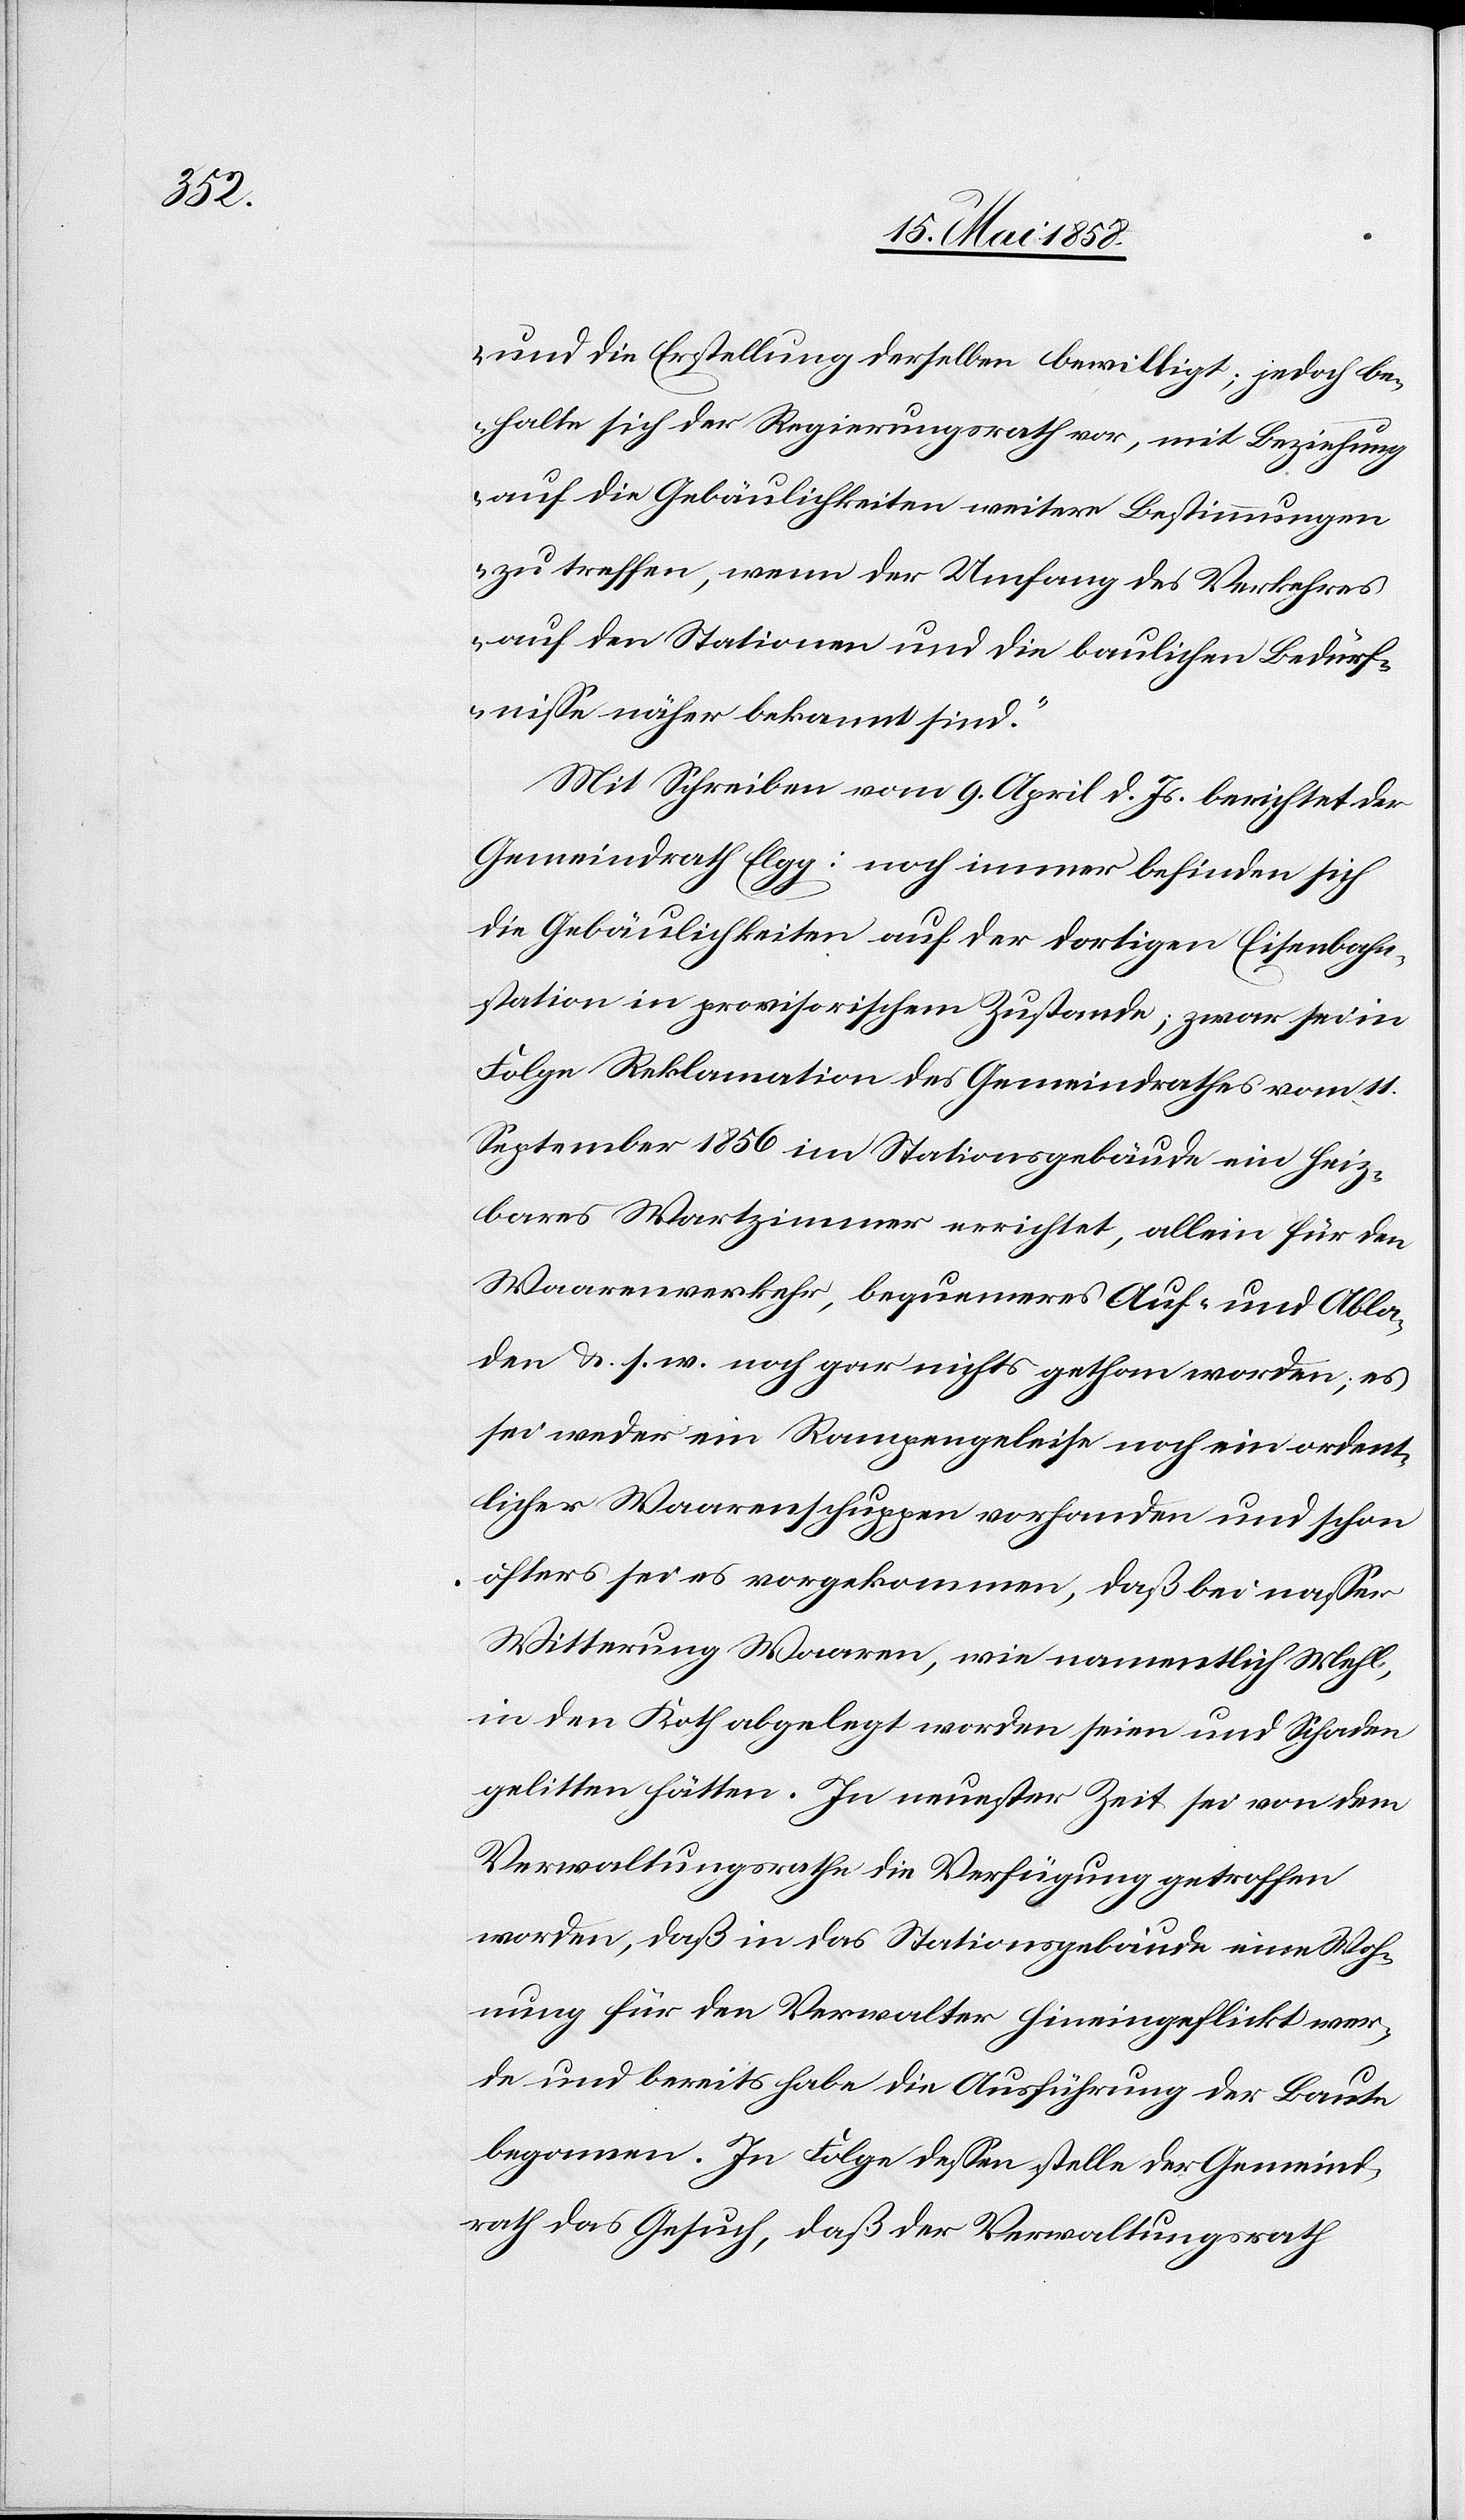
und die Erstellung derselben bewilligt; jedoch be¬
halte sich der Regierungsrath vor, mit Beziehung
auf die Gebäulichkeiten weitere Bestimmungen
zu treffen, wenn der Umfang des Verkehres
auf den Stationen und die baulichen Bedürf¬
nisse näher bekannt sind.“
Mit Schreiben vom 9. April d. Js. berichtet der
Gemeindrath Elgg: noch immer befinden sich
die Gebäulichkeiten auf der dortigen Eisenbahn¬
station in provisorischem Zustande; zwar sei in
Folge Reklamation des Gemeindrathes vom 11.
September 1856 im Stationsgebäude ein heiz¬
bares Watzimmer errichtet, allein für den
Waarenwerth, bequemeres Auf- und Abla¬
den u. s. w. noch gar nichts gethan worden; es
sei weder ein Rampengeleise noch ein ordent¬
licher Waarenschuppen vorhanden und schon
öfters sei es vorgekommen, daß bei nasser
Witterung Waare, wie namentlich Mehl,
in den Koth abgelegt worden seien und Schaden
gelitten hätten. In neuester Zeit sei von dem
Verwaltungsrathe die Verfügung getroffen
worden, daß in das Stationsgebäude eine Woh¬
nung für den Verwalter hineingeflickt wer¬
de und bereits habe die Ausführung der Baute
begonnen. In Folge dessen stelle der Gemeind¬
rath das Gesuch, daß der Verwaltungsrath